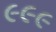
૯૯૯